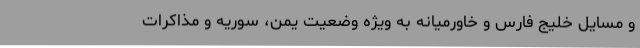
و مسایل خلیج فارس و خاورمیانه به ویژه وضعیت یمن، سوریه و مذاکرات